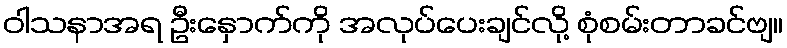
ဝါသနာအရ ဦးနှောက်ကို အလုပ်ပေးချင်လို့ စုံစမ်းတာခင်ဗျ။